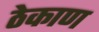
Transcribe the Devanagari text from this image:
ठेकाण